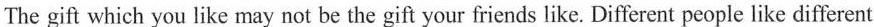
The gift which you like may not be the gift your friends like. Different people like different